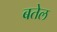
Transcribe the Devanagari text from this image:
बतेल